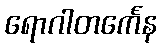
ရောဂါတင်္ကေန